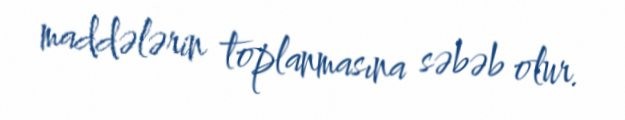
maddələrin toplanmasına səbəb olur.